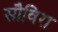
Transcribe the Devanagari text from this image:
सौविरा